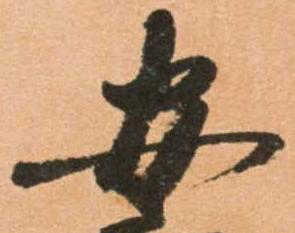
安